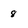
Character: 8